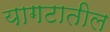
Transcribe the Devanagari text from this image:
यागटातील